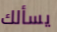
يسألك